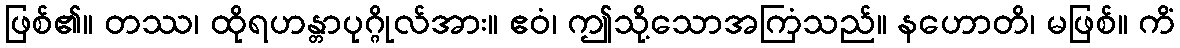
ဖြစ်၏။ တဿ၊ ထိုရဟန္တာပုဂ္ဂိုလ်အား။ ဧဝံ၊ ဤသို့သောအကြံသည်။ နဟောတိ၊ မဖြစ်။ ကိံ